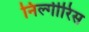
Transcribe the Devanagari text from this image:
निल्गीरिस